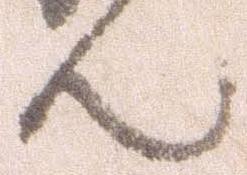
ん